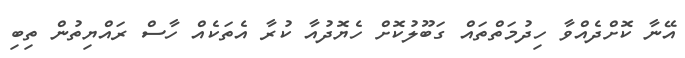
އޭނާ ކޮށްދެއްވާ ހިދުމަތްތައް ގަބޫލުކޮށް ހެޔޮދުއާ ކުރާ އެތަކެއް ހާސް ރައްޔިތުން ތިބި